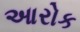
આરોક